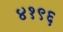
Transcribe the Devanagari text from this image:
४१९६